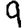
Digit: 9